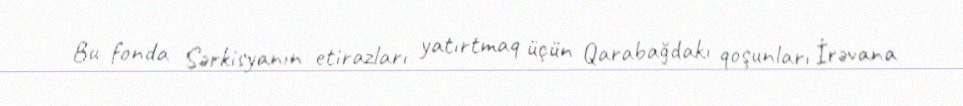
Bu fonda Sərkisyanın etirazları yatırtmaq üçün Qarabağdakı qoşunları İrəvana